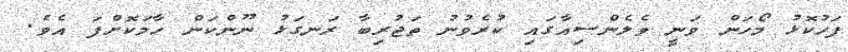
ފަހުކޮޅު މޯހަން ވަނީ ވެލެންސިއާގައި ކުރެވުނު ތަޖުރިބާ ރަނގަޅު ނޫންކަން ހާމަކޮށްފަ އެވެ.